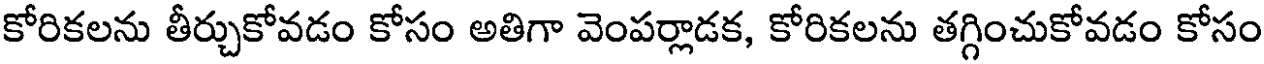
కోరికలను తీర్చుకోవడం కోసం అతిగా వెంపర్లాడక, కోరికలను తగ్గించుకోవడం కోసం